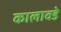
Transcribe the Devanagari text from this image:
कालावडे